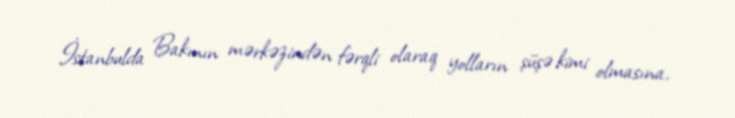
İstanbulda Bakının mərkəzindən fərqli olaraq yolların şüşə kimi olmasına,